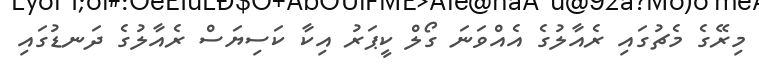
މިރޭގެ މެޗުގައި ރެއާލުގެ އެއްވަނަ ގޯލް ކީޕަރު އިކާ ކަސިޔަސް ރެއާލުގެ ދަނޑުގައި